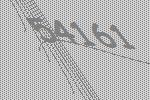
54161